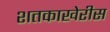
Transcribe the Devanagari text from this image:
शतकाखेरीस